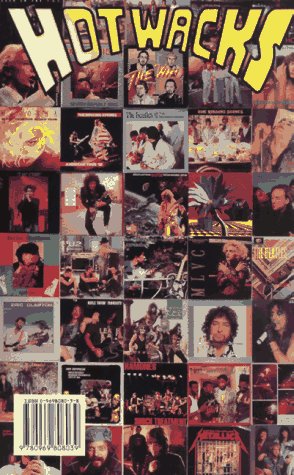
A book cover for Hot Wacks Book XV: The Last Wacks (Hot Whack books); Robert Walker; Crafts, Hobbies & Home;